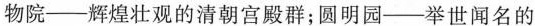
物院--辉煌壮观的清朝宫殿群；圆明园--举世闻名的